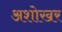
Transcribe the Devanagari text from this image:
अशोखर